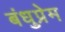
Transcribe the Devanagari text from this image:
बंधुप्रेम